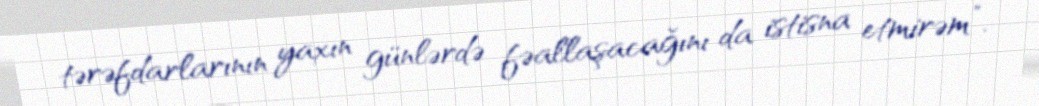
tərəfdarlarının yaxın günlərdə fəallaşacağını da istisna etmirəm”.